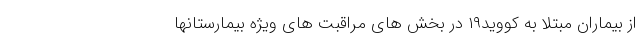
از بیماران مبتلا به کووید۱۹ در بخش های مراقبت های ویژه بیمارستانها